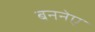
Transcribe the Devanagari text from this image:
बननेए